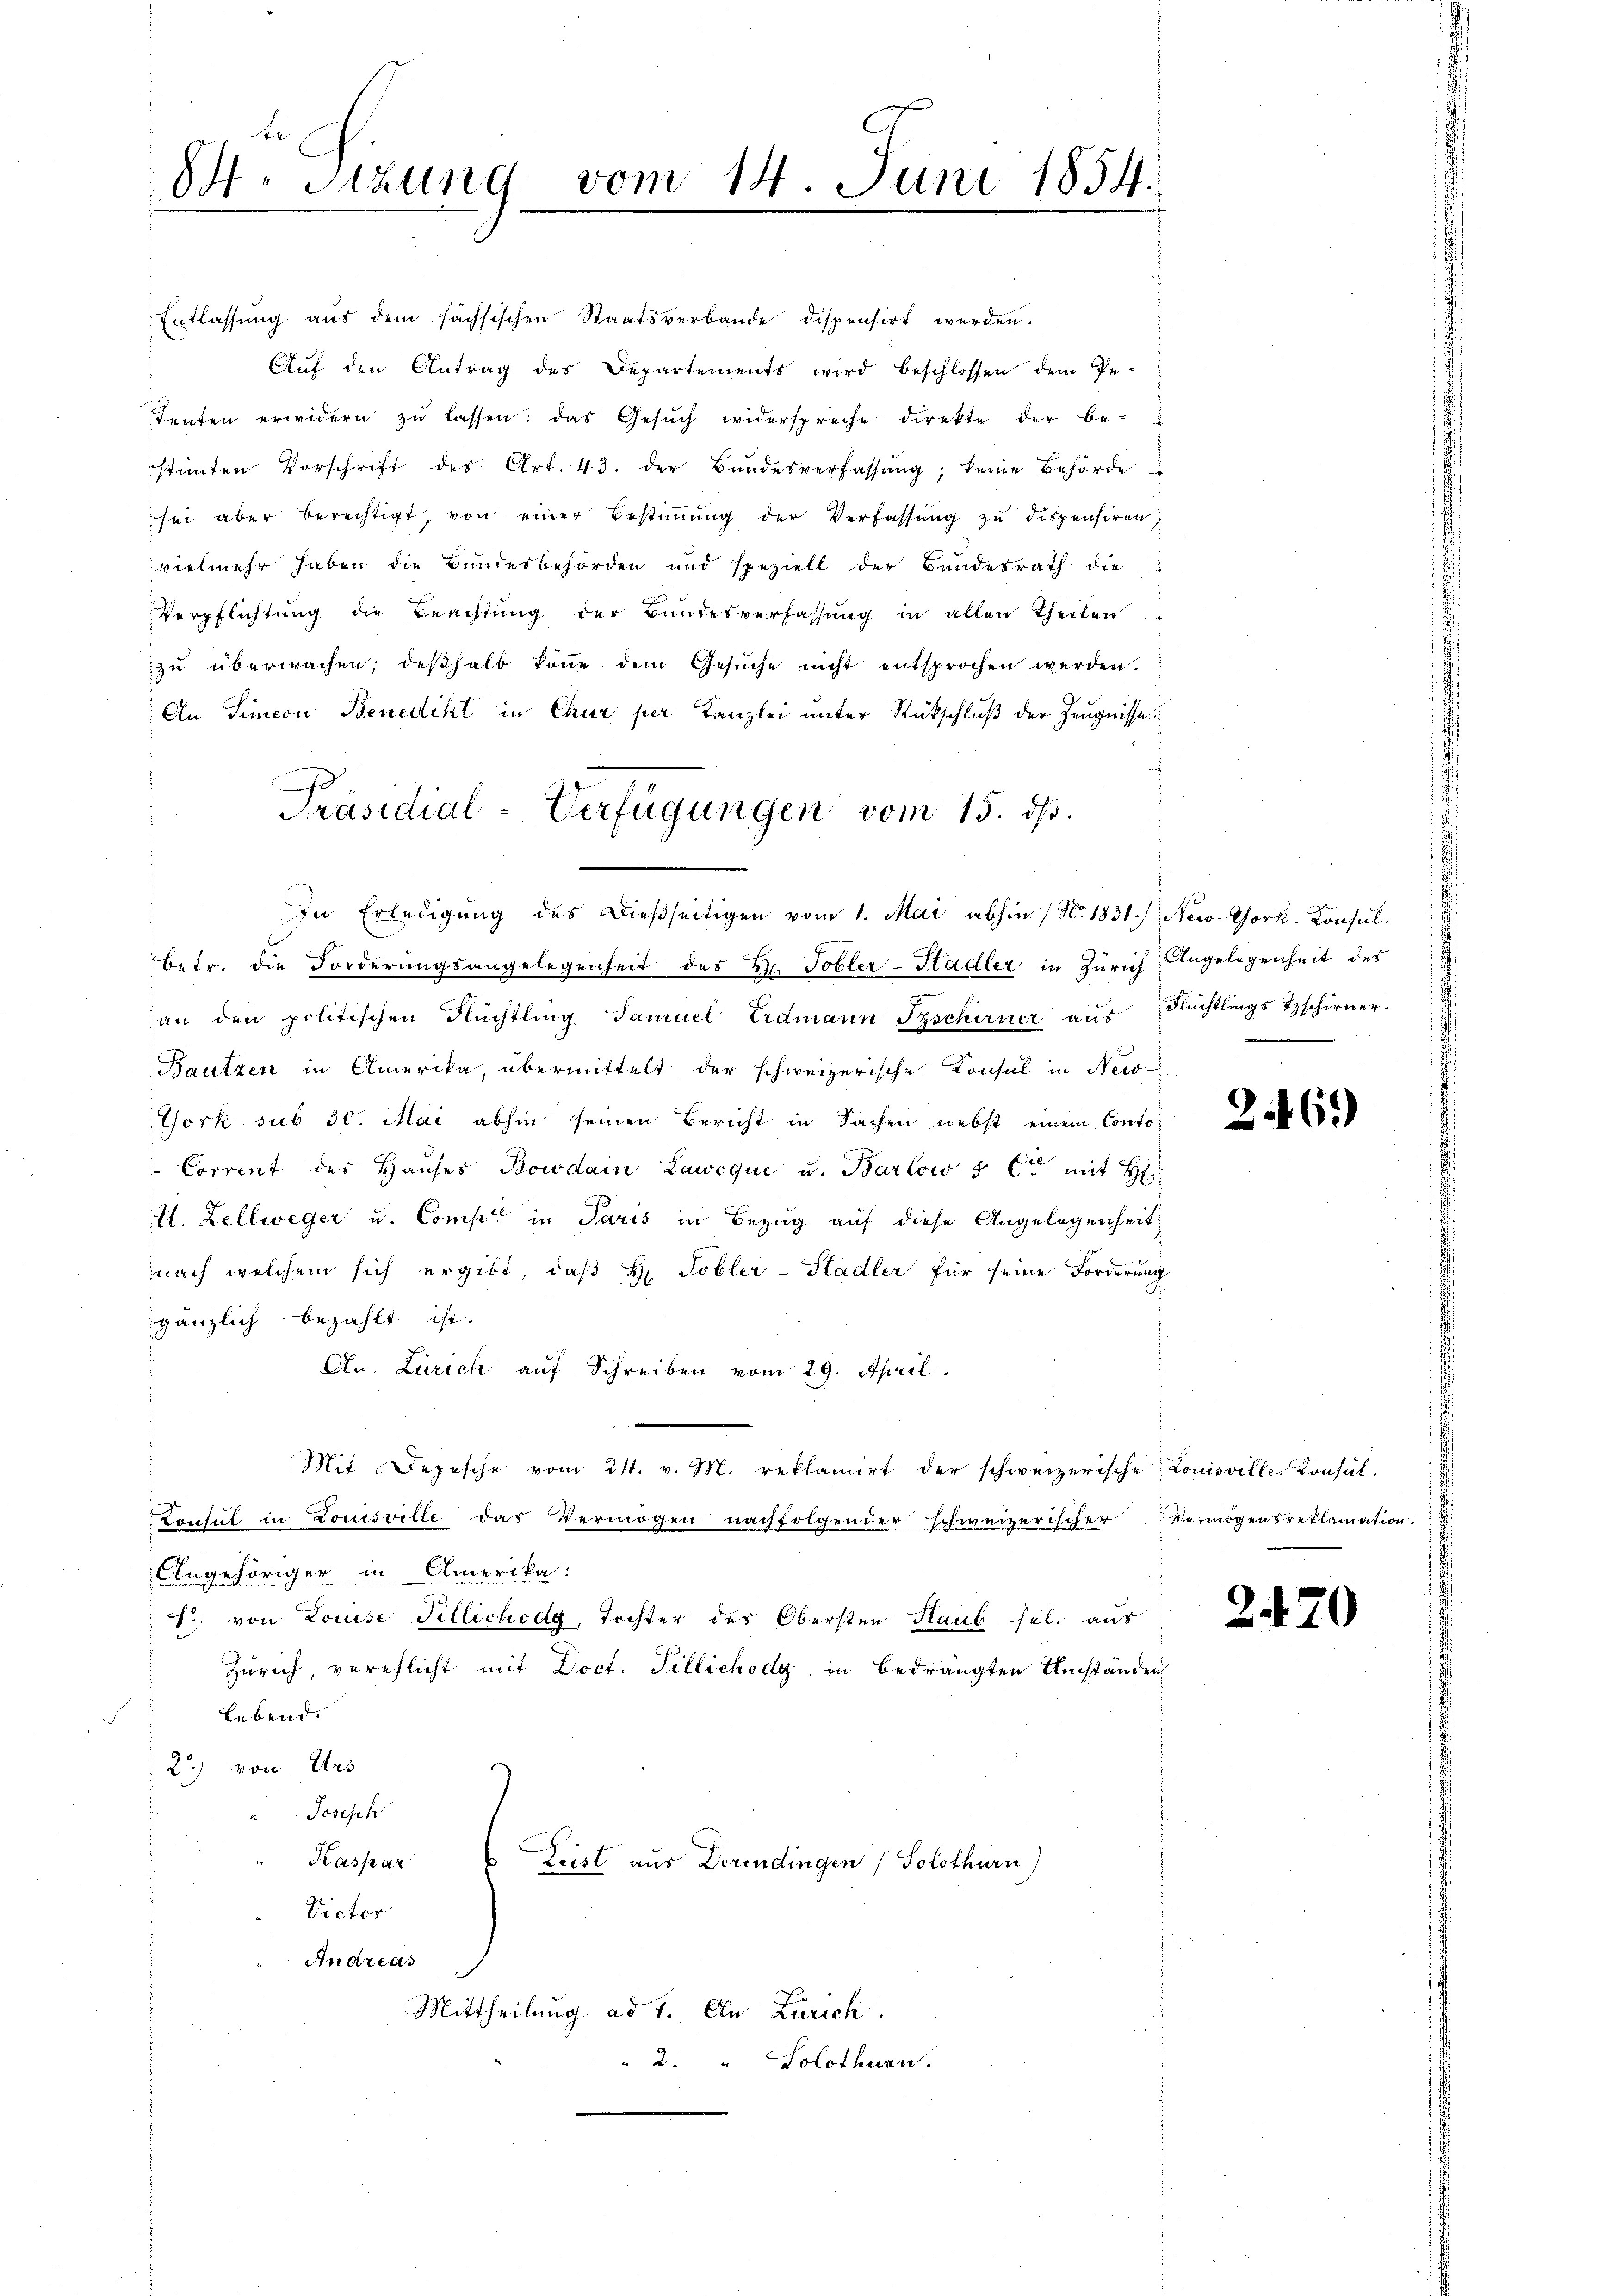
8. Sitzung vom 14. Juni 1854.

Entlassung aus dem sachsischen Staatsverbande dispensirt werden.
Aŭf den Antrag des Departements wird beschlossen dem Pe-
tenten erwidern zŭ lassen: das Gesŭch widerspreche direkte der be-
stimmten Vorschrift des Art. 43. der Bŭndesverfassŭng, keine Behörde
sei aber berechtigt, von einer Bestiṁŭng der Verfassŭng zŭ dispensiren,
vielmehr haben die Bundesbehörden und speziell der Bundesrath die
Verpflichtung die Beachtung der Bundesverfassung in allen Theilen
zu überwachen, deßhalb könne dem Gesŭche nicht entsprochen werden.
An Simeon Benedikt in Chur per Kanzlei unter Rückschluß der Zeugnisse
In Erledigung des Dießseitigen vom 1. Mai abhin (N. 1831. / New-York. Konsuls
betr. die Forderungsangelegenheit des Hr. Tobler-Hadler in Zürich Angelegenheit des
an den politischen Flüchtling Samuel Erdmann Tschirner aŭs Nüchtlings Tschirner.
Bautzen in Amerika, übermittelt der schweizerische Konsul in New-
York sub 30. Mai abhin seinen Bericht in Sachen nebst einem Conto¬
Corrent des Haŭses Bowdain Lawique u. Barlow 5 Ct. mit H
A. Zellweger u. Compt in Paris in Bezug auf diese Angelegenheit
nach welchem sich ergibt, daß H. Tobler-Hadler für seine Forderung
gänzlich bezahlt ist.
An. Zürich auf Schreiben vom 29. April.
Mit Depesche vom 21. v. M. reklamirt der schweizerische Louisville-Konsul-
Consul in Louisville das Vermögen nachfolgender schweizerischer Vermögensreklamation.
Angehöriger in Amerika.
T. von Louise Tillichodg, Tochter des Obersten Haub sel. aus
Zürich, verpflicht mit Doct. Tillichody, in bedrängten Umständen
lebend.
2) von Urs
Joseph
Kaspar u Leist aus Derendingen (Solothurn)
Victor
Andreas
Mittheilung ad 1. In Zürich.
2. " Solothurn.

Präsidial-Verfügungen vom 15. ds.

2469)

2470